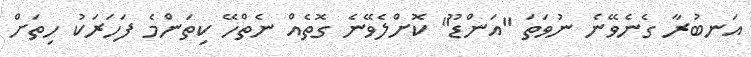
އަނބުރާ ގެނެވޭނެ ނުވަތަ "އަންޑޫ" ކޮށްލެވޭނެ ގޮތެއް ނެތްހޭ ކިތަންމެ ފަހަރަކު ހިތަށް